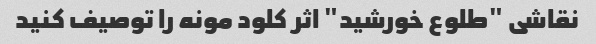
نقاشی "طلوع خورشید" اثر کلود مونه را توصیف کنید